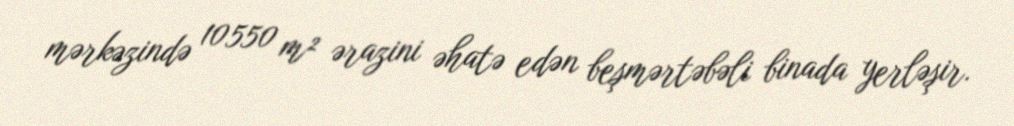
mərkəzində 10550 m² ərazini əhatə edən beşmərtəbəli binada yerləşir.